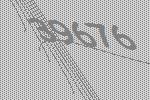
39676